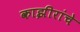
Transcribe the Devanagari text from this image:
काझीरांचे